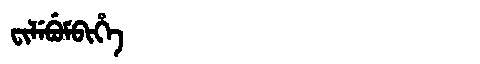
Manchu: ᠸᡳᠯᡝᠪᡠᠮᠪᡳᡥᡝ
Romanization: FILEBUMBIHE